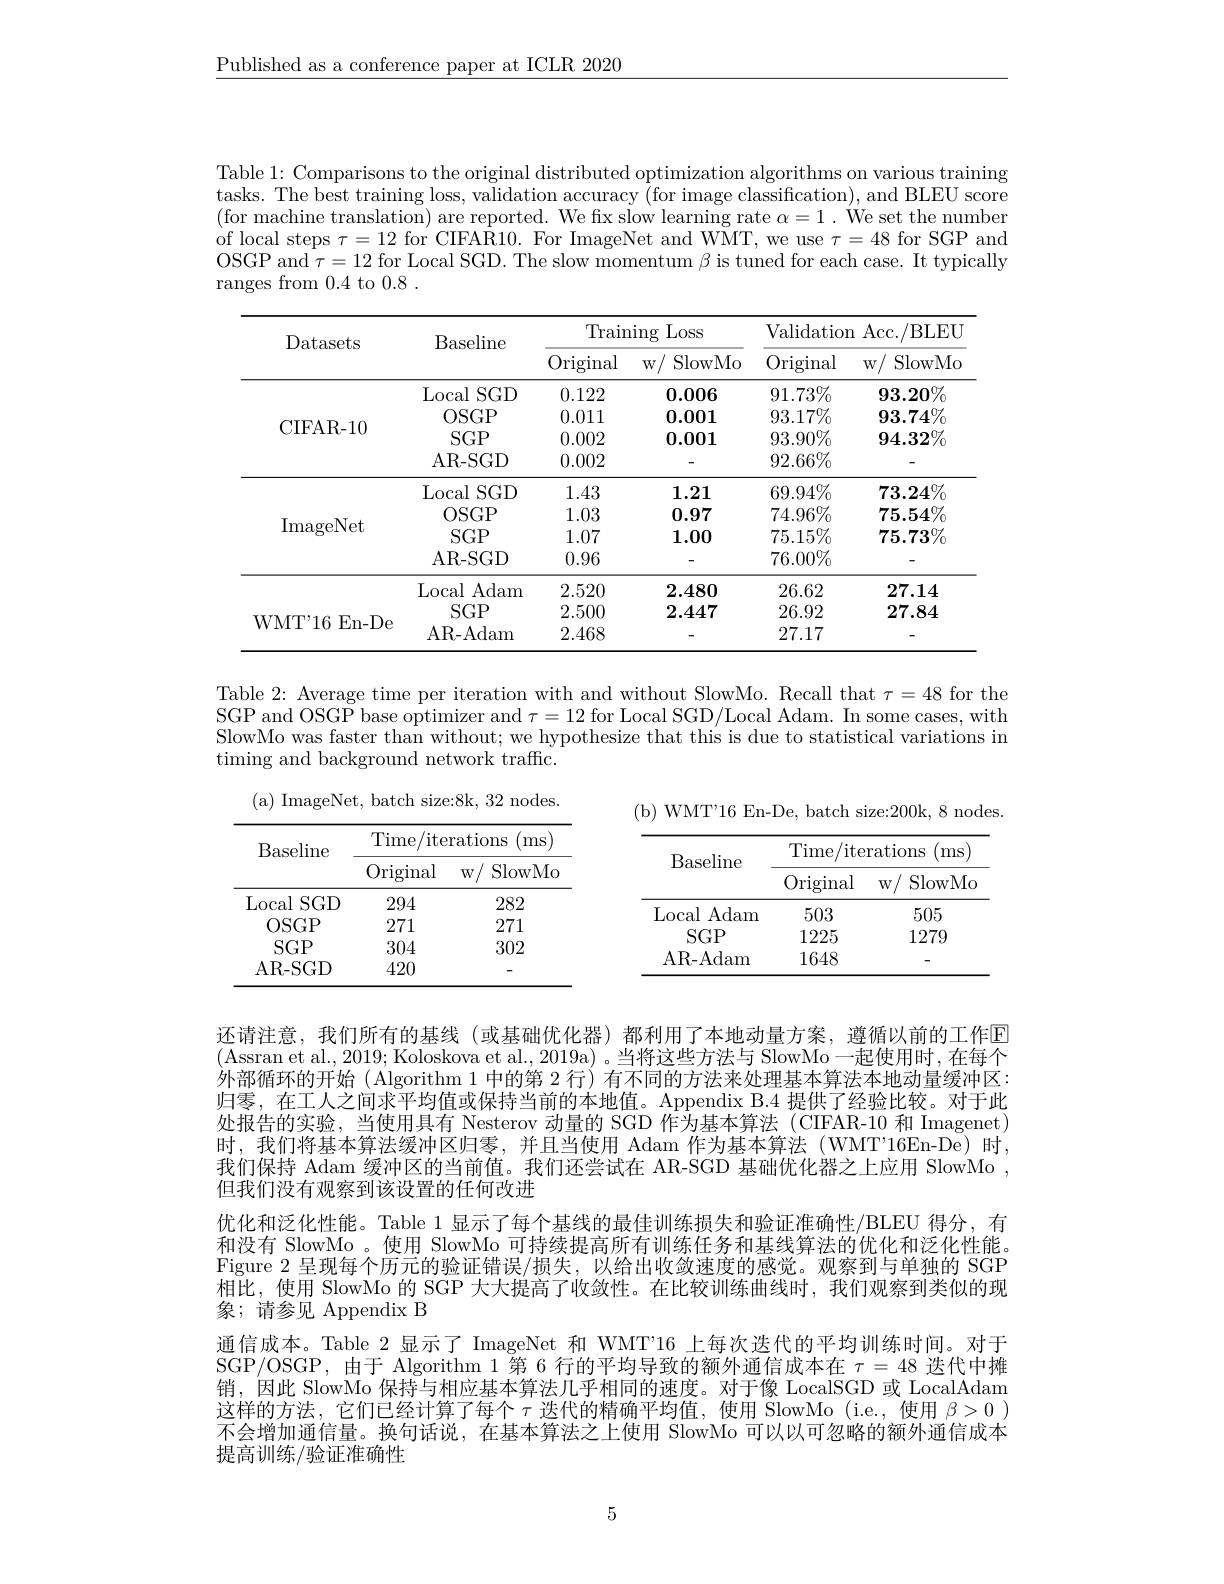
$\underline{\text{Published as a conference paper at ICLR 2020}}$

Table 1: Comparisons to the original distributed optimization algorithms on various training tasks. The best training loss, validation accuracy (for image classification), and BLEU score (for machine translation) are reported. We fix slow learning rate $\alpha=1.$ We set the number of local steps $\tau=12$ for CIFAR10. For ImageNet and WMT, we use $\tau=48$ for SGP and OSGP and $\tau = 12$ for Local SGD. The slow momentum $\beta$ is tuned for each case. It typically ranges from 0.4 to 0.8 .

<table>
	<tbody>
		<tr>
			<th rowspan="2">Datasets</th>
			<th rowspan="2">Baseline</th>
			<th colspan="2">Training Loss</th>
			<th colspan="2">Validation Acc./BLEU</th>
		</tr>
		<tr>
			<th>Original</th>
			<th>$W/$ SlowMo</th>
			<th>Original</th>
			<th>SlowMo $W/$</th>
		</tr>
		<tr>
			<td rowspan="4">CIFAR- 10</td>
			<td>Local $SGD$</td>
			<td>0.122</td>
			<td>0.006</td>
			<td>$91.73\%$</td>
			<td>$93.20\%$</td>
		</tr>
		<tr>
			<td>OSGP</td>
			<td>0.011</td>
			<td>0.001</td>
			<td>$93.17\%$</td>
			<td>$93.74\%$</td>
		</tr>
		<tr>
			<td>$SGP$</td>
			<td>0.002</td>
			<td>0.001</td>
			<td>$93.90\%$</td>
			<td>$94.32\%$</td>
		</tr>
		<tr>
			<td>AR- SGD</td>
			<td>0.002</td>
			<td> </td>
			<td>$92.66\%$</td>
			<td> </td>
		</tr>
		<tr>
			<td> </td>
			<td>Local $SGD$</td>
			<td>1.43</td>
			<td>1.21</td>
			<td>$69.94\%$</td>
			<td>$73.24\%$</td>
		</tr>
		<tr>
			<td rowspan="3">ImageNet</td>
			<td>OSGP</td>
			<td>1.03</td>
			<td>0.97</td>
			<td>$74.96\%$</td>
			<td>$75.54\%$</td>
		</tr>
		<tr>
			<td>$SGP$</td>
			<td>1.07</td>
			<td>1.00</td>
			<td>$75.15\%$</td>
			<td>$75.73\%$</td>
		</tr>
		<tr>
			<td>AR- SGD</td>
			<td>0.96</td>
			<td> </td>
			<td>$76.00\%$</td>
			<td> </td>
		</tr>
		<tr>
			<td rowspan="3">WMT'16En-De</td>
			<td>Local Adam</td>
			<td>2.520</td>
			<td>2.480</td>
			<td>26.62</td>
			<td>27.14</td>
		</tr>
		<tr>
			<td>$SGP$</td>
			<td>2.500</td>
			<td>2.447</td>
			<td>26.92</td>
			<td>27.84</td>
		</tr>
		<tr>
			<td>AR- Adam</td>
			<td>2.468</td>
			<td> </td>
			<td>27.17</td>
			<td> </td>
		</tr>
	</tbody>
</table>

Table 2: Average time per iteration with and without SlowMo. Recall that $\tau=48$ for the SGP and OSGP base optimizer and $\tau=12$ for Local SGD/Local Adam. In some cases, with SlowMo was faster than without; we hypothesize that this is due to statistical variations in timing and background network traffic.

( a) ImageNet, batch size: 8k, 32 nodes.

(b) WMT'16 En-De, batch size:200k, 8 nodes.

<table>
	<tbody>
		<tr>
			<th rowspan="2">Baseline</th>
			<th colspan="2">Time/iterations ms</th>
		</tr>
		<tr>
			<th>Original</th>
			<th>SlowMc $W/$</th>
		</tr>
		<tr>
			<td>Local $SGD$</td>
			<td>294</td>
			<td>282</td>
		</tr>
		<tr>
			<td>OSGP</td>
			<td>271</td>
			<td>271</td>
		</tr>
		<tr>
			<td>$SGP$</td>
			<td>304</td>
			<td>302</td>
		</tr>
		<tr>
			<td>AR- SGD</td>
			<td>420</td>
			<td> </td>
		</tr>
	</tbody>
</table>

<table>
	<tbody>
		<tr>
			<th rowspan="2">Baseline</th>
			<th colspan="2">Time/iterations ${\mathrm{(ms)}}$</th>
		</tr>
		<tr>
			<th>Original</th>
			<th>$W/$ SlowMc</th>
		</tr>
		<tr>
			<td>Local Adam</td>
			<td>503</td>
			<td>505</td>
		</tr>
		<tr>
			<td>$SGP$</td>
			<td>1225</td>
			<td>1279</td>
		</tr>
		<tr>
			<td>AR- Adam</td>
			<td>1648</td>
			<td> </td>
		</tr>
	</tbody>
</table>

还请注意，我们所有的基线 (或基础优化器)都利用了本地动量方案，遵循以前的工作回(Assran et al., 2019; Koloskova et al., 2019a) 。当将这些方法与 SlowMo 一起使用时，在每个外部循环的开始 (Algorithm 1 中的第 2 行) 有不同的方法来处理基本算法本地动量缓冲区： 归零，在工人之间求平均值或保持当前的本地值。Appendix B.4 提供了经验比较。对于此处报告的实验，当使用具有 Nesterov 动量的 SGD 作为基本算法 (CIFAR-10 和 Imagenet) 时，我们将基本算法缓冲区归零，并且当使用 Adam 作为基本算法(WMT"16En-De)时， 我们保持 Adam 缓冲区的当前值。我们还尝试在 AR-SGD 基础优化器之上应用 SlowMo , 但我们没有观察到该设置的任何改进
优化和泛化性能。Table 1 显示了每个基线的最佳训练损失和验证准确性/BLEU 得分，有和没有 SlowMo 。使用 SlowMo 可持续提高所有训练任务和基线算法的优化和泛化性能。Figure 2 呈现每个历元的验证错误/损失，以给出收敛速度的感觉。观察到与单独的 SGP 相比，使用 SlowMo 的 SGP 大大提高了收敛性。在比较训练曲线时，我们观察到类似的现象；请参见 Appendix B
通信成本。Table 2 显示了 ImageNet 和 WMT"16 上每次迭代的平均训练时间。对于SGP/OSGP,由于 Algorithm 1 第 6 行的平均导致的额外通信成本在$\tau=48$迭代中摊销，因此 SlowMo 保持与相应基本算法几乎相同的速度。对于像 LocalSGD 或 LocalAdam 这样的方法，它们已经计算了每个$\tau$迭代的精确平均值，使用 SlowMo (i.e.,使用$\beta>0$ ) 不会增加通信量。换句话说，在基本算法之上使用 SlowMo 可以以可忽略的额外通信成本提高训练/验证准确性

5